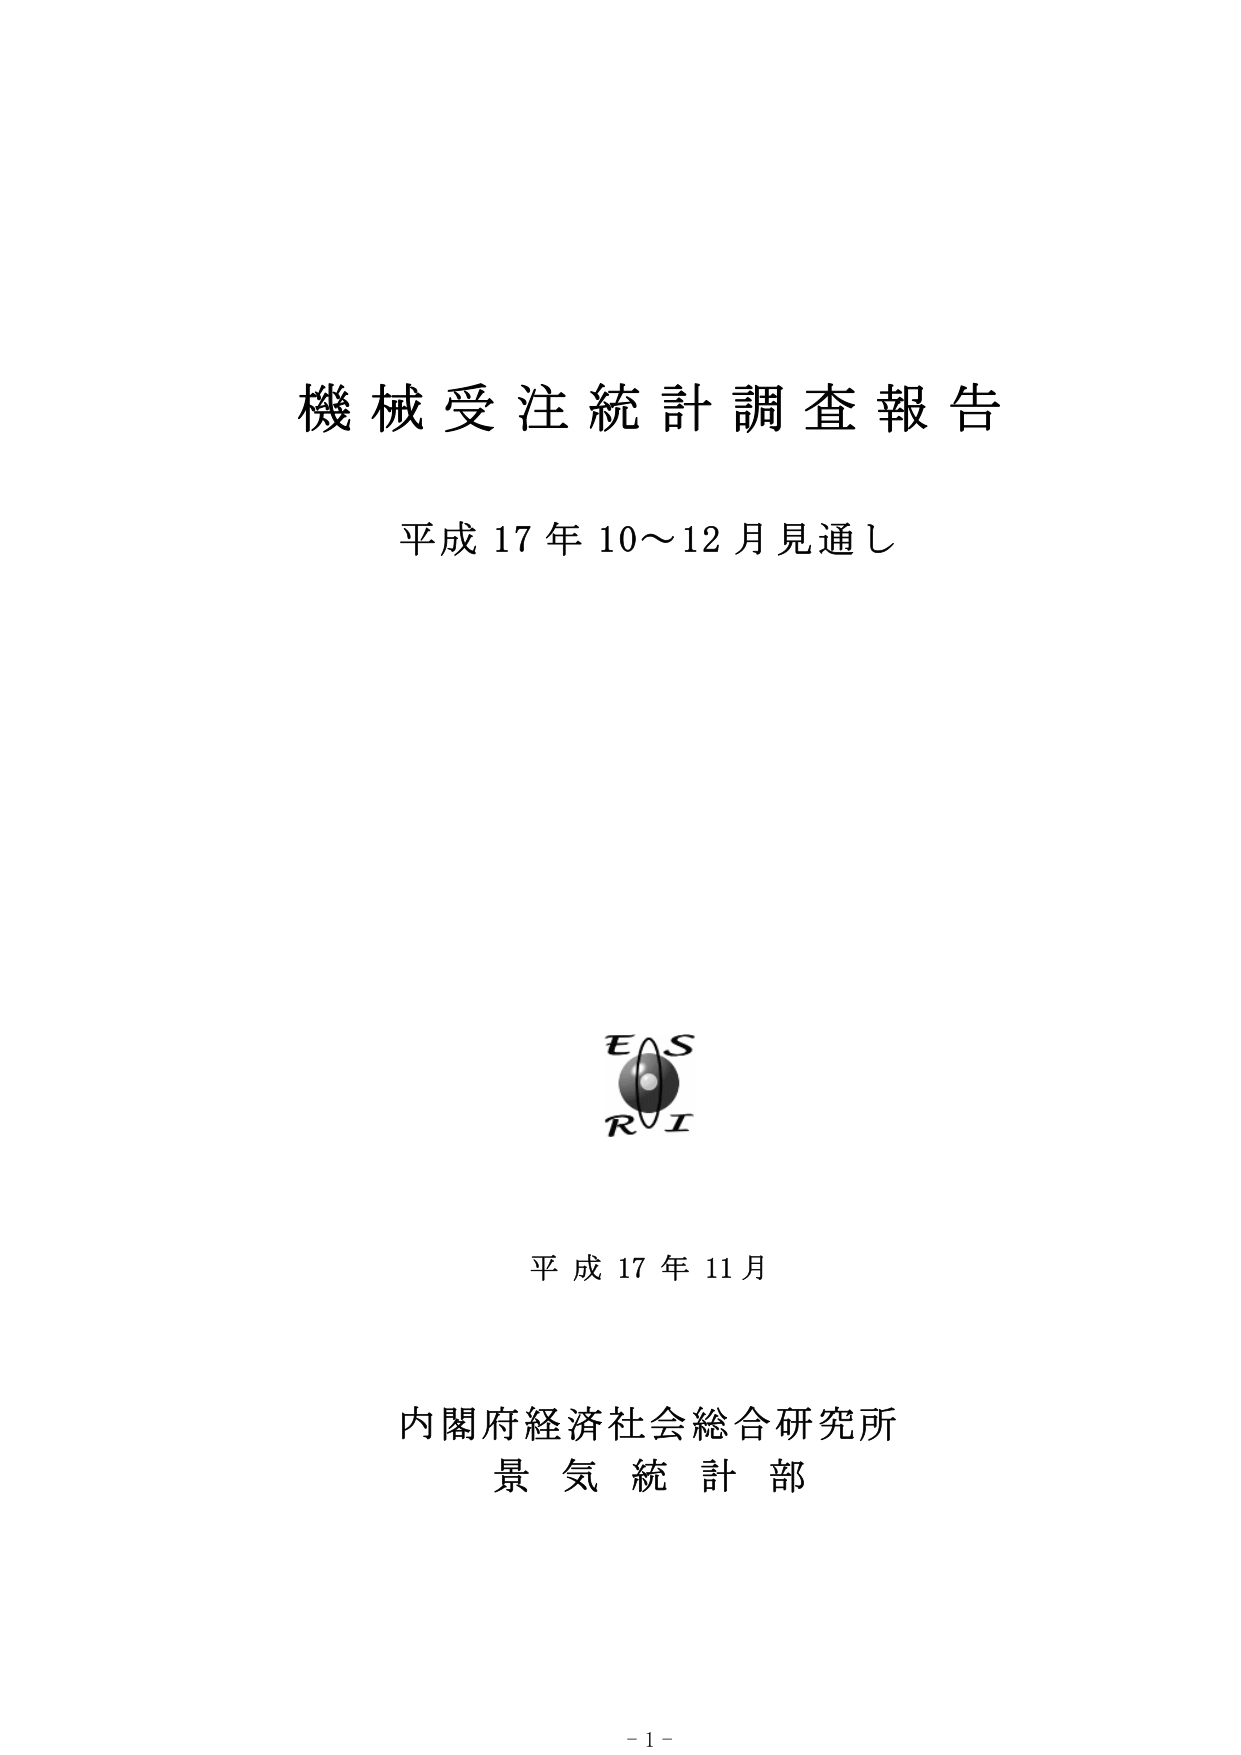
機械受注統計調査報告
平成17年10～12月見通し

EAS
RI

平成17年11月

内閣府経済社会総合研究所
景気統計部

-1-